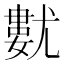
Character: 𡰓